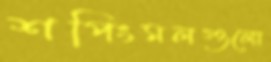
শপিংমলগুলো